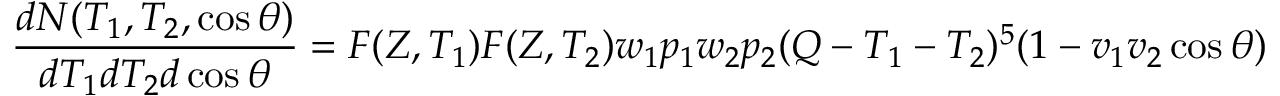
{ \frac { d N ( T _ { 1 } , T _ { 2 } , \cos \theta ) } { d T _ { 1 } d T _ { 2 } d \cos \theta } } = F ( Z , T _ { 1 } ) F ( Z , T _ { 2 } ) w _ { 1 } p _ { 1 } w _ { 2 } p _ { 2 } ( Q - T _ { 1 } - T _ { 2 } ) ^ { 5 } ( 1 - v _ { 1 } v _ { 2 } \cos \theta )